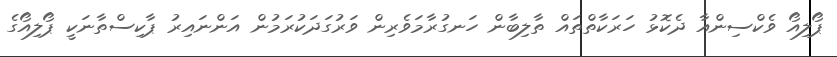
ޕޯލިއޯ ވެކްސިންއާ ދެކޮޅު ހަރަކާތްތައް ތާލިބާން ހަނގުރާމަވެރިން ވަރުގަދަކުރަމުން އަންނައިރު ޕާކިސްތާނަކީ ޕޯލިއޯގެ